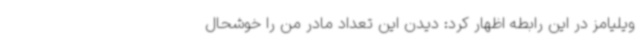
ویلیامز در این رابطه اظهار کرد: دیدن این تعداد مادر من را خوشحال